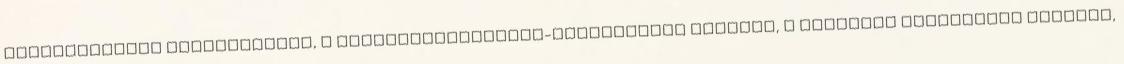
felhasználási keretszámlán, a fejezetimaradvány-elszámolási számlán, a fejezeti befizetési számlán,